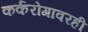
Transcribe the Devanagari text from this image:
कर्करोगावरही